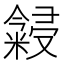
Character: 𬖳